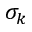
\sigma _ { k }